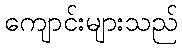
ကျောင်းများသည်